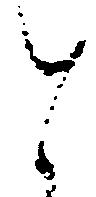
と